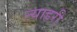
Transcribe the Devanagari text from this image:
न्याहरी